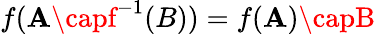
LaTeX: f(\mathbf{A}\capf^{-1}(B))=f(\mathbf{A})\capB